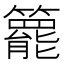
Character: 𥶓